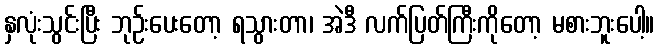
နှလုံးသွင်းပြီး ဘုဉ်းပေးတော့ ရသွားတာ၊ အဲဒီ လက်ပြတ်ကြီးကိုတော့ မစားဘူးပေါ့။